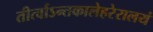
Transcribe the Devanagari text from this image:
तीर्त्वाऽन्तकालेहरेरालयं